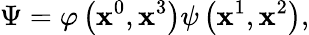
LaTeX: \Psi=\varphi\left(\mathbf{x}^{0},\mathbf{x}^{3}\right)\psi\left(\mathbf{x}^{1},\mathbf{x}^{2}\right),